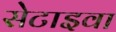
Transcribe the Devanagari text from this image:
सेटाइवा